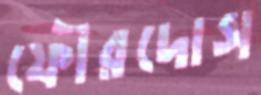
ফৌরদোস